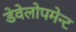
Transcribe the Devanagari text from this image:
डेवेलोपमेन्ट